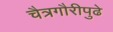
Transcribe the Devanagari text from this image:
चैत्रगौरीपुढे